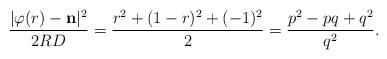
LaTeX: \begin{align*}\frac{| \varphi(r) - \mathbf{n} |^2}{2RD} =\frac{r^2 + (1-r)^2 + (-1)^2}{2}=\frac{p^2 -pq + q^2}{q^2}.\end{align*}